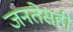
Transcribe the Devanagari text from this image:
जनतेसही